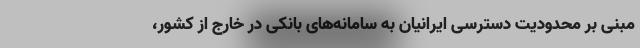
مبنی بر محدودیت دسترسی ایرانیان به سامانه‌های بانکی در خارج از کشور،